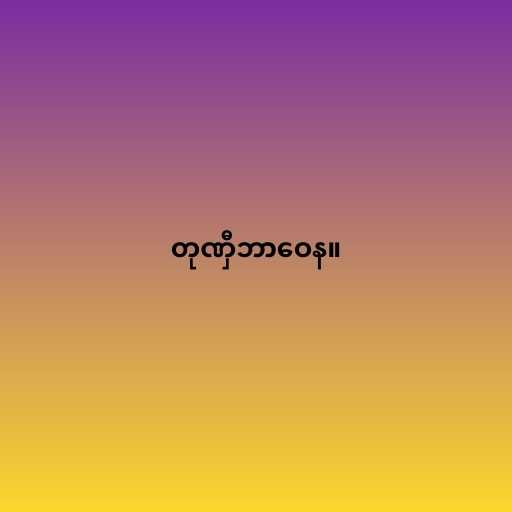
တုဏှီဘာဝေန။